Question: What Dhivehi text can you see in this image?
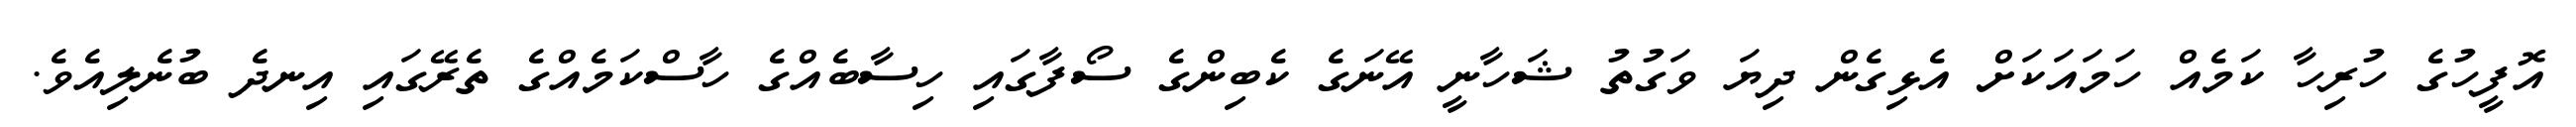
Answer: އޮފީހުގެ ހުރިހާ ކަމެއް ހަމައަކަށް އެޅިގެން ދިޔަ ވަގުތު ޝަހާނީ އޭނަގެ ކެބިންގެ ސޯފާގައި ހިސާބެއްގެ ހާސްކަމެއްގެ ތެރޭގައި އިނދެ ބުނެލިއެވެ.